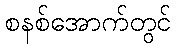
စနစ်အောက်တွင်